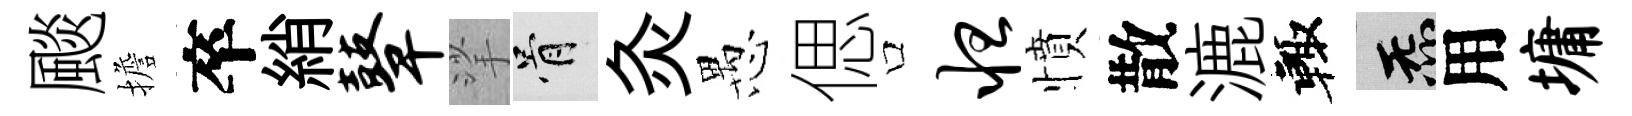
颷擔卒綃鼙挲骨灸愚偲口怛憤散漉輙炁用墉